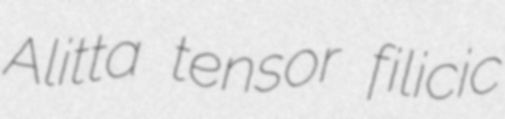
Alitta tensor filicic